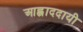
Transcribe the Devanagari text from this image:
आह्लाददायी